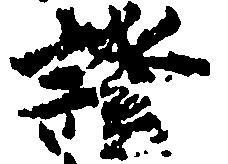
証